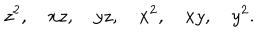
z ^ { 2 } , \quad x z , \quad y z , \quad x ^ { 2 } , \quad x y , \quad y ^ { 2 } .